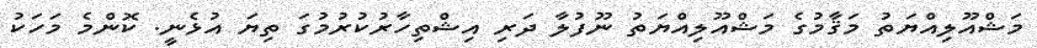
މަޝްއޫލިއްޔަތު މަޤާމުގެ މަޝްއޫލިއްޔަތު ނޫފުލާ ދަރި އިޝްތިހާރުކުރުމުގަ ތިޔަ އުޅެނީ. ކޮންމެ މަހަކު